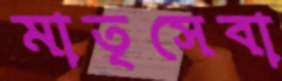
মাতৃসেবা